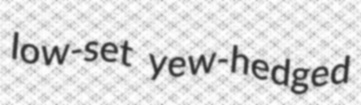
low-set yew-hedged